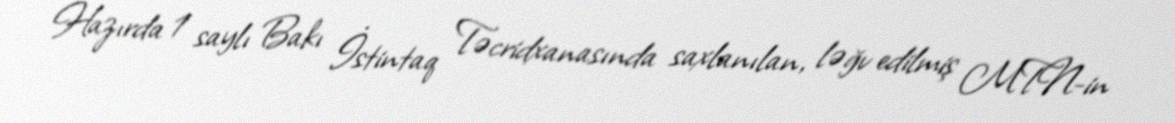
Hazırda 1 saylı Bakı İstintaq Təcridxanasında saxlanılan, ləğv edilmiş MTN-in